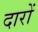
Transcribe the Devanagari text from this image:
दारों